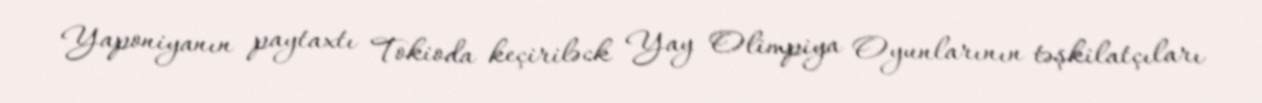
Yaponiyanın paytaxtı Tokioda keçiriləck Yay Olimpiya Oyunlarının təşkilatçıları